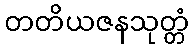
တတိယဇနသုတ္တံ